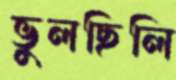
ভুলছিলি